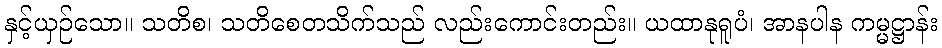
နှင့်ယှဉ်သော။ သတိစ၊ သတိစေတသိက်သည် လည်းကောင်းတည်း။ ယထာနုရူပံ၊ အာနပါန ကမ္မဋ္ဌာန်း